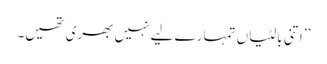
’’اتنی بالٹیاں تمہارے لیے نہیں بھری تھیں۔